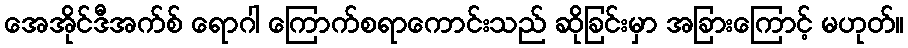
အေအိုင်ဒီအက်စ် ရောဂါ ကြောက်စရာကောင်းသည် ဆိုခြင်းမှာ အခြားကြောင့် မဟုတ်။